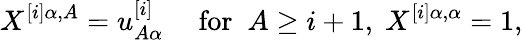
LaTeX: X^{[i]\alpha,A}=u_{A\alpha}^{[i]}\quad\mathrm{~for~}\; A\geq i+1,\; X^{[i]\alpha,\alpha}=1,